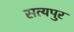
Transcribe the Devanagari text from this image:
सत्यपुर